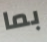
بما